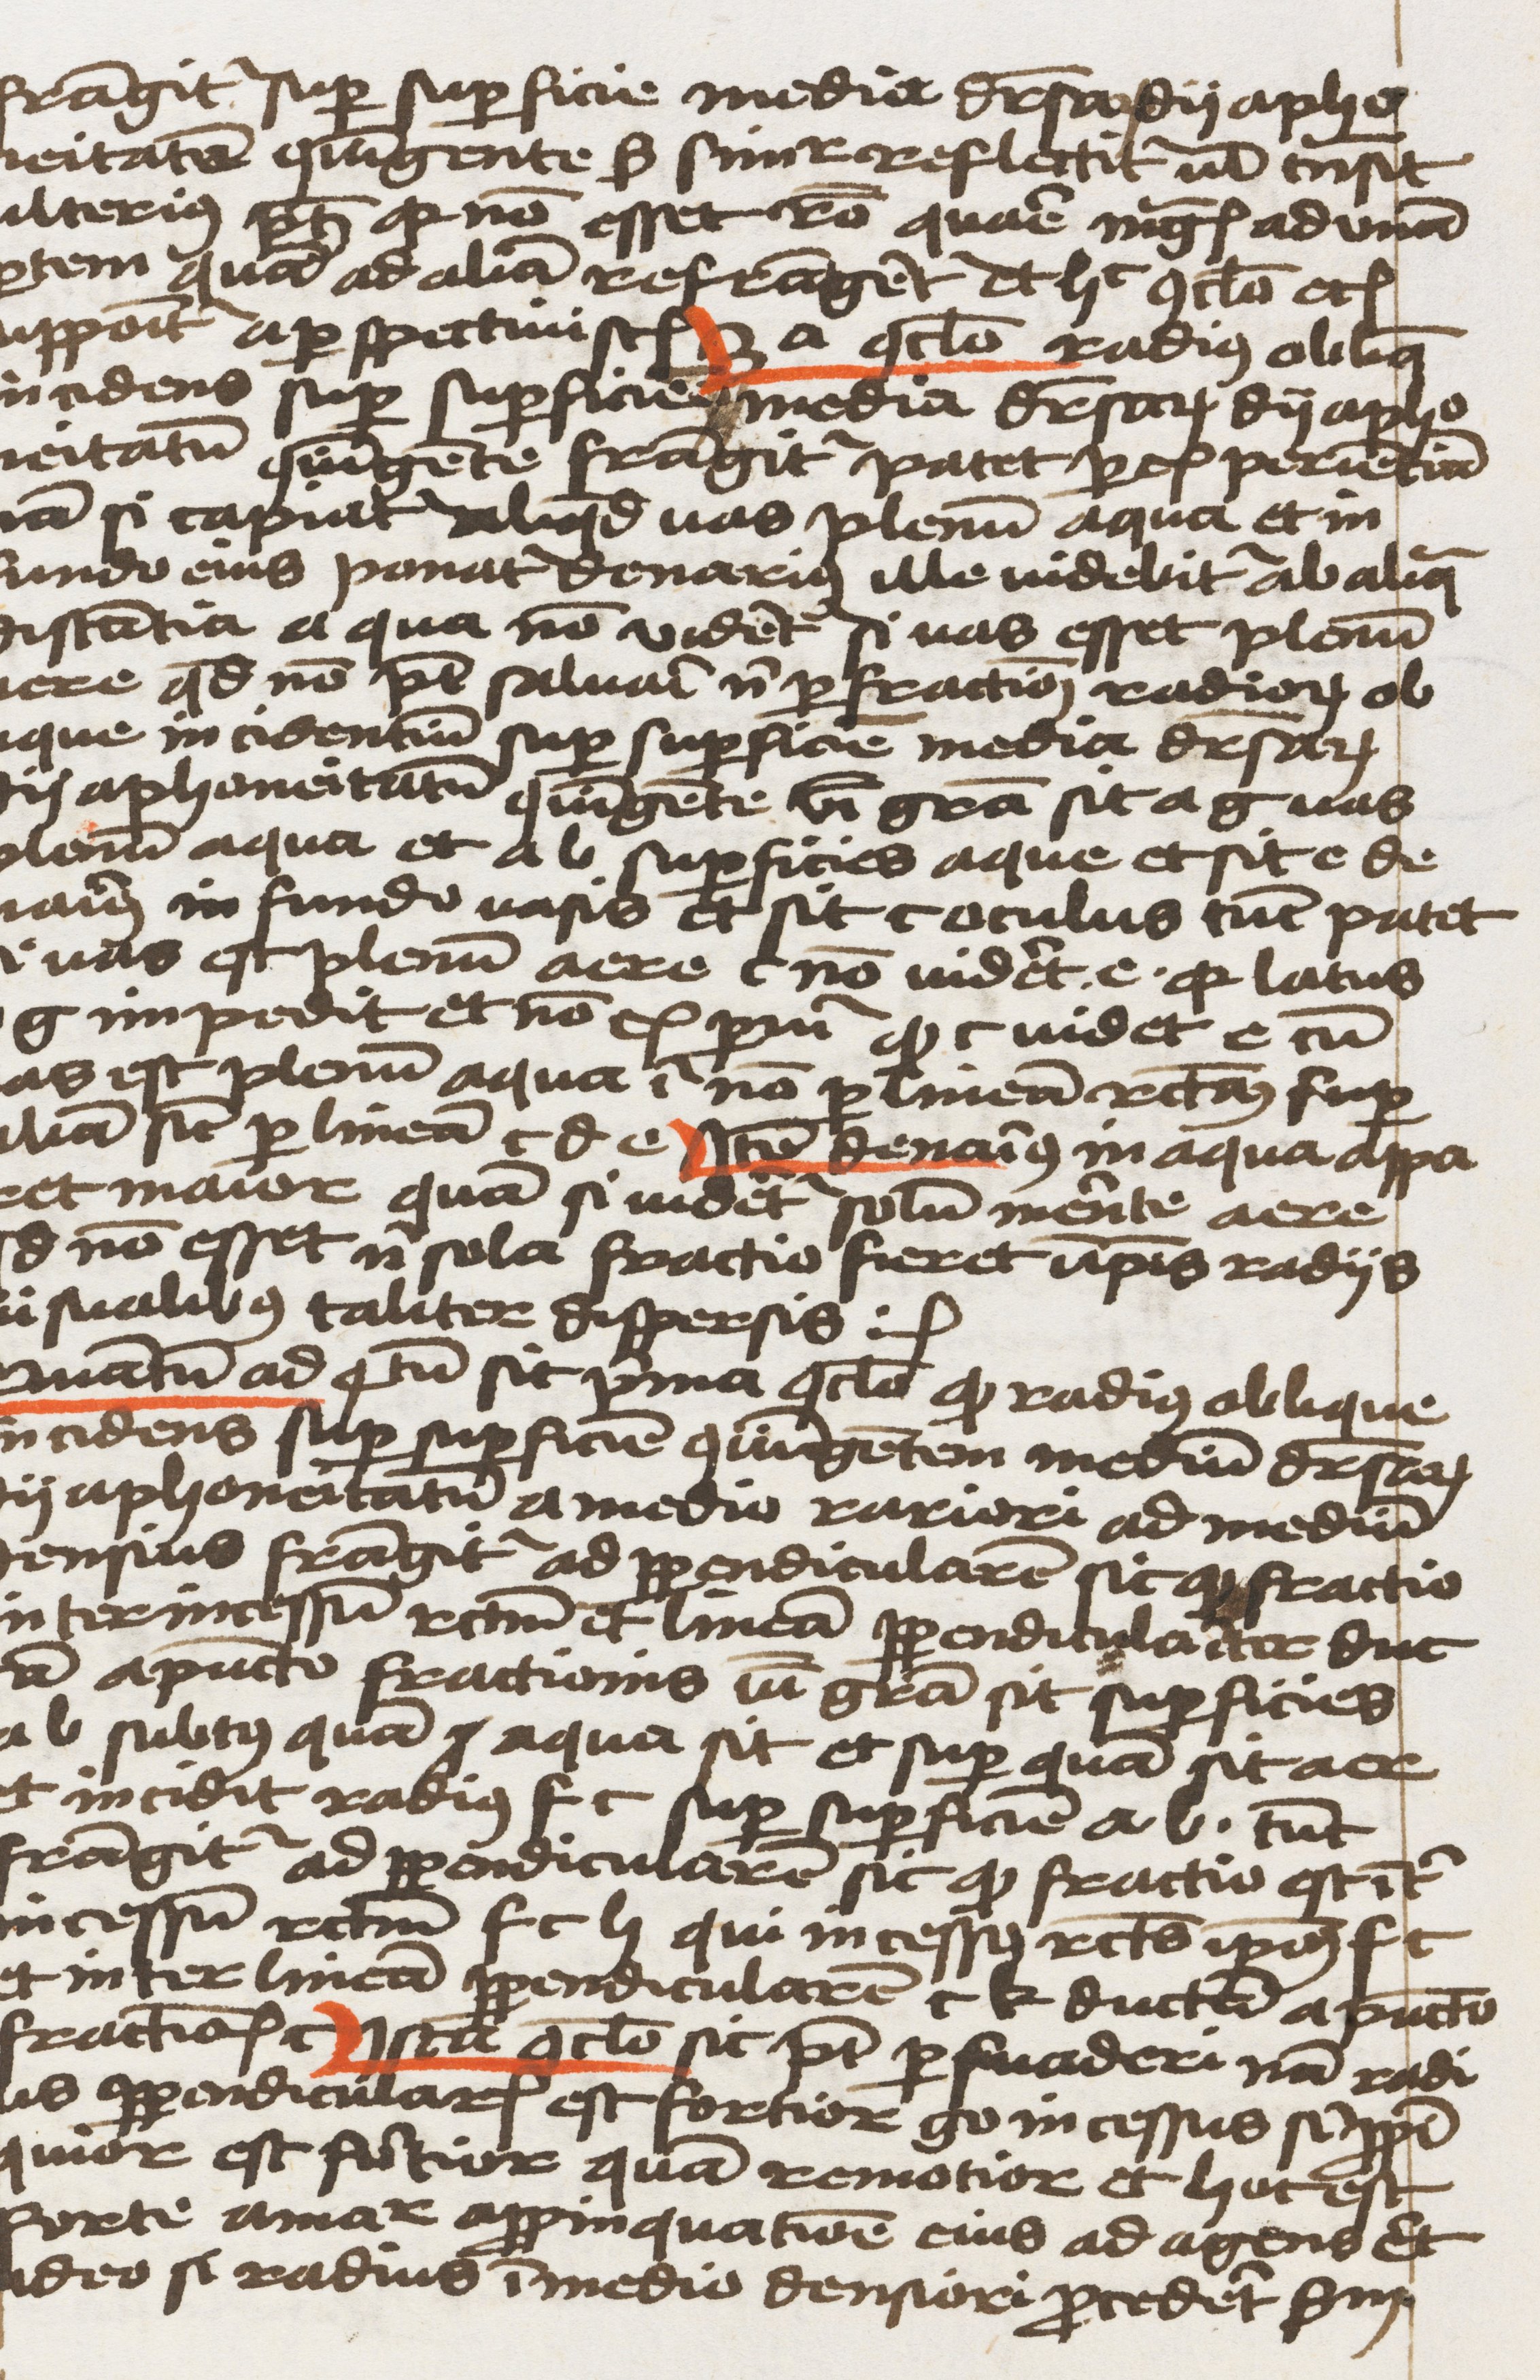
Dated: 1459–1459